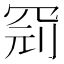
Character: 𱺼